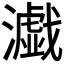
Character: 𤂴